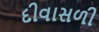
દીવાસળી